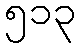
၅၁၃